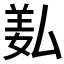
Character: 𦍯